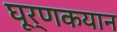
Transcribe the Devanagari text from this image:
घूर्णकयान